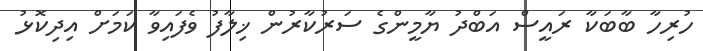
ހުރިހާ ބާބަކާ ރައީސް އަބްދު ޔާމީންގެ ސަރުކާރުން ޚިލާފު ވެފައިވާ ކަމަށް އިދިކޮޅު